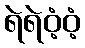
ရဲရဲဝံ့ဝံ့